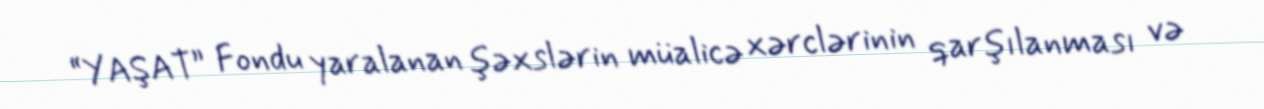
“YAŞAT” Fondu yaralanan şəxslərin müalicə xərclərinin qarşılanması və